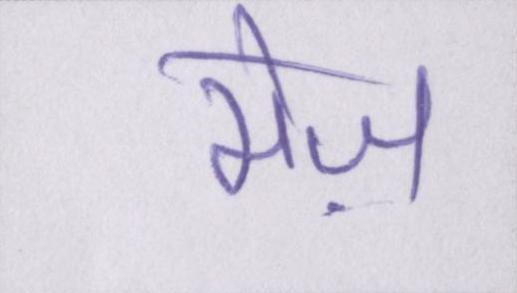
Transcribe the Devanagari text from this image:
मेज़